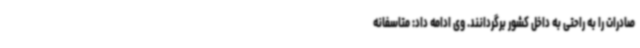
صادرات را به راحتی به داخل کشور برگردانند. وی ادامه‌ داد: متاسفانه